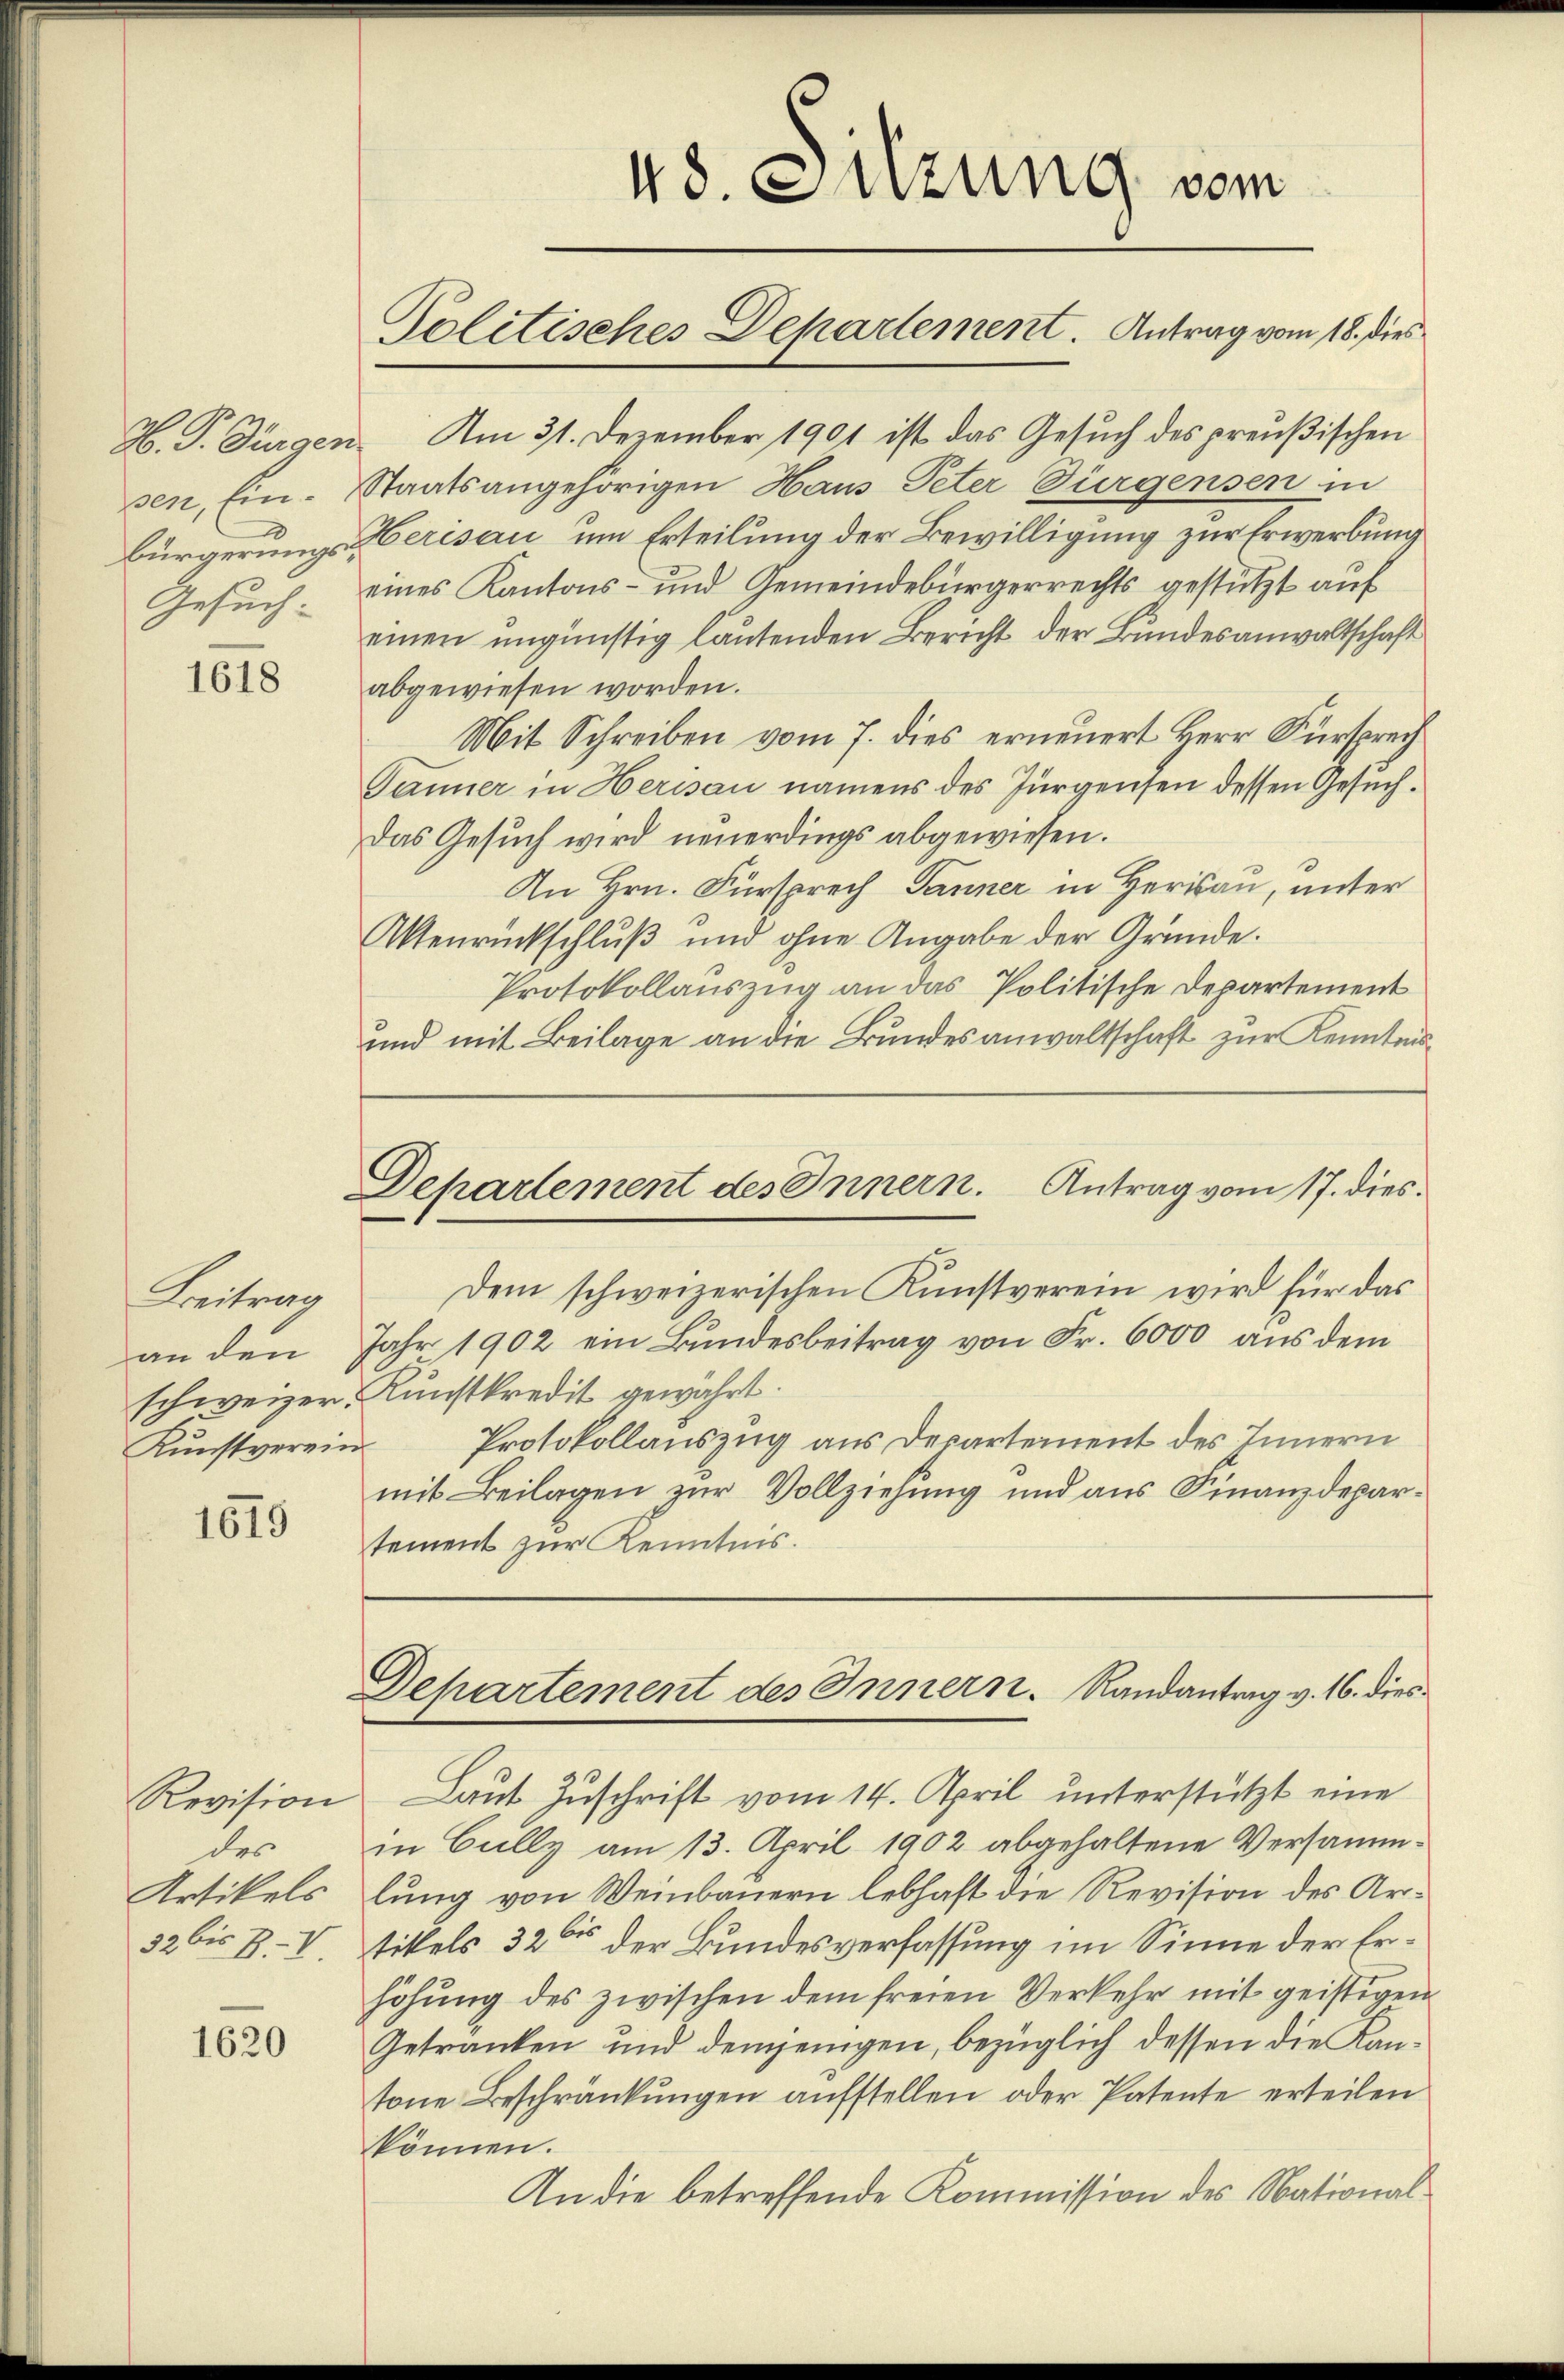
bürgerungs¬
Gesuch.

1618

Kreitrag
an den
schweizer.
Kunstverein

1619

Revision
des
Artikels
32 bis B. V.

1620

48. Setzung vom
Politisches Departement. Antrag vom 18. dies

Departement des Innern. Antrag vom 17. dies

H. P. Turgen. Am 31. Dezember 1901 ist das Gesuch des preußischen
sen, Ein-Staatsangehörigen Haus Peter Bürgensen in
Herisau um Erteilung der Bewilligung zur Erwerbung
eines Kantons- und Gemeindebürgerrechts gestützt auf
einen ungünstig lautenden Bericht der Bundesanwaltschaft
abgewiesen worden.
Mit Schreiben vom 7. dies erneuert Herr Fürsprech
Jänner in Herisau namens des Jürgensen dessen Gesuch.
Das Gesŭch wird neuerdings abgewiesen.
An Hrn. Fürsprech Tanner in Herisau, unter
Attenrückschluß und ohne Angabe der Gründe.
Protokollauszug an das Politische Departement
und mit Beilage an die Bundesanwaltschaft zur Kenntnis¬

Departement des Innern. Randantrag v. 16. dies¬

Dem schweizerischen Kunstverein wird für das
Jahr 1902 ein Bundesbeitrag von Fr. 6000 aus dem
Kunstkredit gewährt.
Protokollauszug aus Departement des Innern
¬
mit Beilagen zur Vollziehung und aus Finanzdepartement zur Kenntnis.

Laut Zuschrift vom 14. April unterstützt eine
in Cully am 13. April 1902 abgehaltene Versammlung von Weinbauern lebhaft die Revision des Artikels 326 der Bundesverfassung im Sinne der Erhöhung des zwischen dem freien Verkehr mit geistigen
Getränken und demjenigen, bezüglich dessen die Kantone Beschränkungen aufstellen oder Patente erteilen
können.
An die betreffende Kommission des National¬